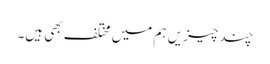
چند چیزیں ہم میں مختلف بھی ہیں۔